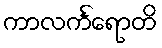
ကာလင်္ကရောတိ